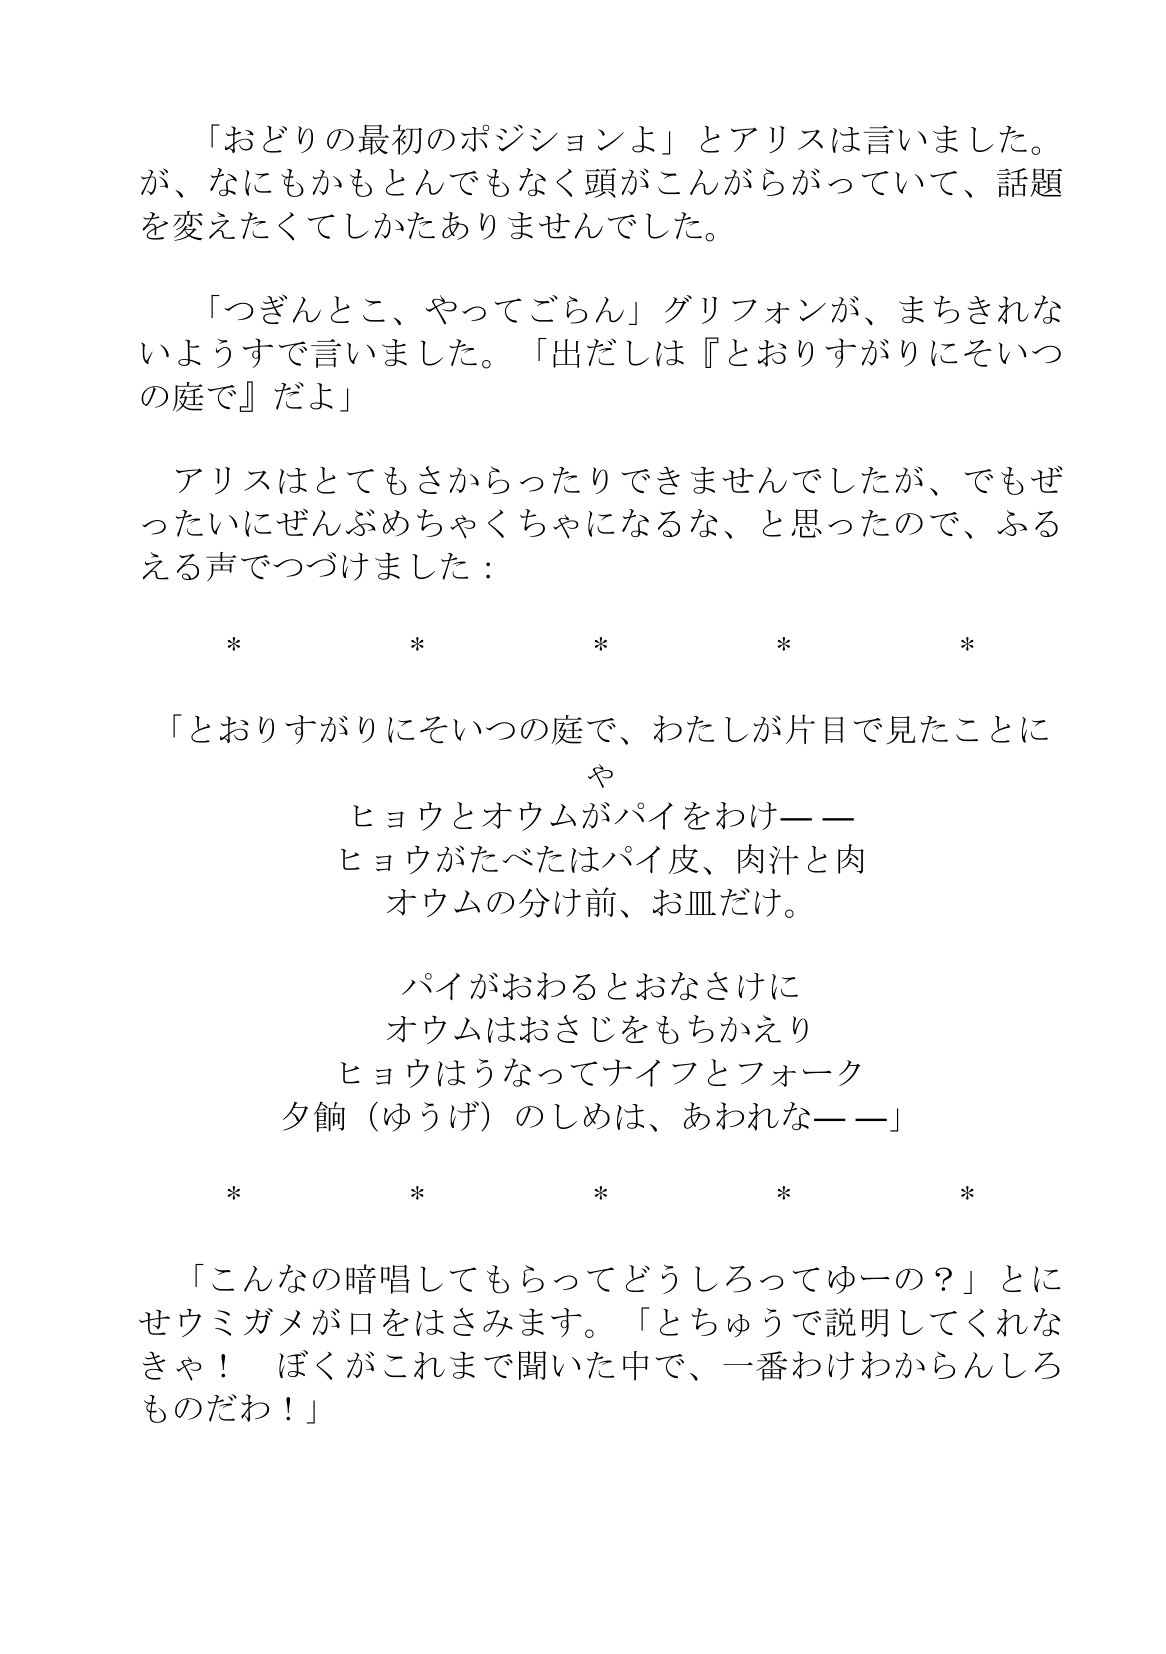
Language: ja